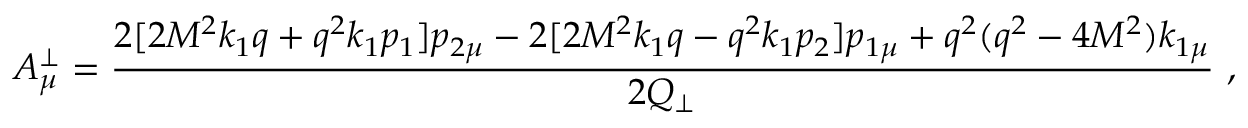
A _ { \mu } ^ { \bot } = \frac { 2 [ 2 M ^ { 2 } k _ { 1 } q + q ^ { 2 } k _ { 1 } p _ { 1 } ] p _ { 2 \mu } - 2 [ 2 M ^ { 2 } k _ { 1 } q - q ^ { 2 } k _ { 1 } p _ { 2 } ] p _ { 1 \mu } + q ^ { 2 } ( q ^ { 2 } - 4 M ^ { 2 } ) k _ { 1 \mu } } { 2 Q _ { \bot } } \ ,